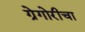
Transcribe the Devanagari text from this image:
ग्रेगोरीचा